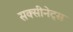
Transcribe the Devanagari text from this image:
सक्सीनेट्स